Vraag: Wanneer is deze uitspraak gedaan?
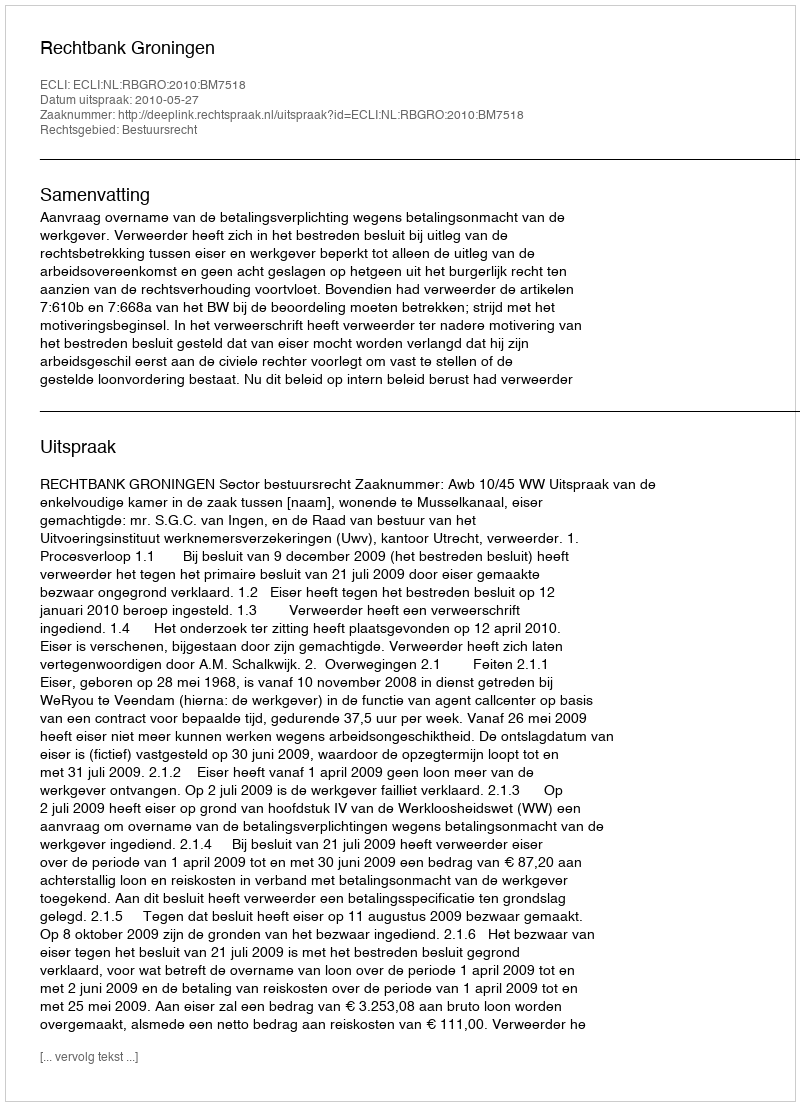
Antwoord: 2010-05-27